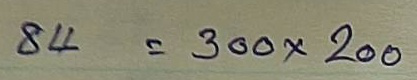
84 = 300 x 200